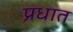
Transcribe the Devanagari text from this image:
प्रधात